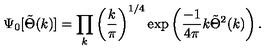
\Psi _ { 0 } [ \tilde { \Theta } ( k ) ] = \prod _ { k } \left( { \frac { k } { \pi } } \right) ^ { 1 / 4 } \exp \left( { \frac { - 1 } { 4 \pi } } k \tilde { \Theta } ^ { 2 } ( k ) \right) .